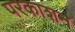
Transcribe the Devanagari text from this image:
परकाशन